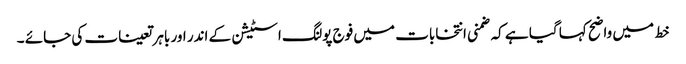
خط میں واضح کہا گیا ہے کہ ضمنی انتخابات میں فوج پولنگ اسٹیشن کے اندر اور باہر تعینات کی جائے ۔